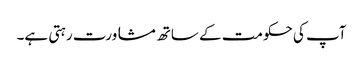
آپ کی حکومت کے ساتھ مشاورت رہتی ہے۔